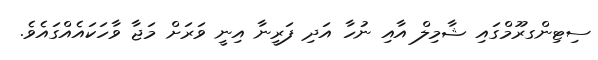
ސިޓިންގރޫމްގައި ޝާމިލް އާއި ނުހާ އަދި ފަރީނާ އިނީ ވަރަށް މަޖާ ވާހަކައެއްގައެވެ.